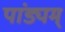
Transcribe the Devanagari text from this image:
पांड्यम्